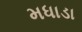
મધાડા